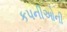
કપનીઓની